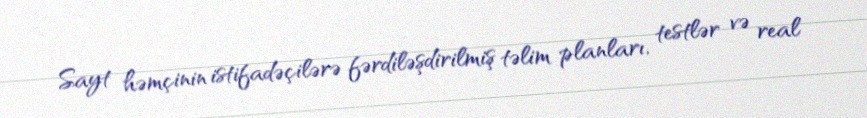
Sayt həmçinin istifadəçilərə fərdiləşdirilmiş təlim planları, testlər və real